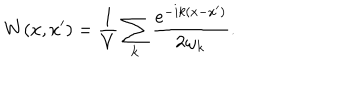
LaTeX: W ( x , x ^ { \prime } ) = \frac { 1 } { V } \sum _ { { \bf k } } \frac { e ^ { - i k ( x - x ^ { \prime } ) } } { 2 \omega _ { { \bf k } } } .